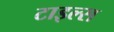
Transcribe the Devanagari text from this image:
टाइल्‍स